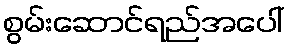
စွမ်းဆောင်ရည်အပေါ်